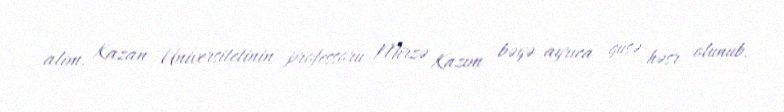
alim, Kazan Universitetinin professoru Mirzə Kazım bəyə ayrıca guşə həsr olunub.